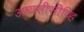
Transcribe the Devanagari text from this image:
आयसीसीव्हि